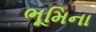
ભૂમિના